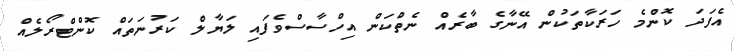
އެފަދަ ކޮންމެ ހަރަކާތަކުން އޭނާގެ ބާރެއް ނެތްކަން އިހްސާސްވެފައި ލަޔާލް ކަރުނަތައް ކޮންޓްރޯލެއް